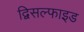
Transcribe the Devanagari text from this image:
द्विसल्फाइड